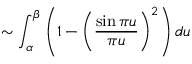
\sim \int _ { \alpha } ^ { \beta } \left( 1 - { \biggl ( } { \frac { \sin { \pi u } } { \pi u } } { \biggr ) } ^ { 2 } \right) d u